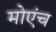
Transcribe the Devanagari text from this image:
मोएंच